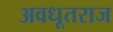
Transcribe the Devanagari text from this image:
अवधूतराज